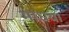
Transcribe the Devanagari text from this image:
माधव।